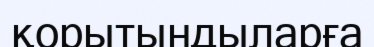
қорытындыларға